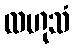
လဟုသံ